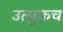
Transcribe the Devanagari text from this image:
उत्सुकच